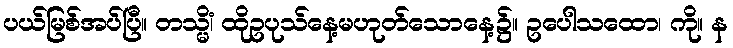
ပယ်မြစ်အပ်ပြီ။ တသ္မိံ၊ ထိုဥပုသ်နေ့မဟုတ်သောနေ့၌။ ဥပေါသထော၊ ကို။ န